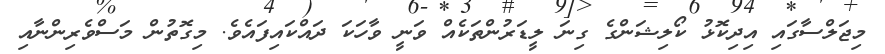
މިޖަލްސާގައި އިދިކޮޅު ކޯލިޝަންގެ ގިނަ ލީޑަރުންތަކެއް ވަނީ ވާހަކަ ދައްކައިފައެވެ. މިގޮތުން މަސްވެރިންނާއި